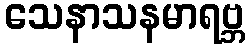
သေနာသနမာရဗ္ဘ